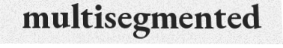
multisegmented